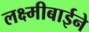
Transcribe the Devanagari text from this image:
लक्ष्मीबाईने